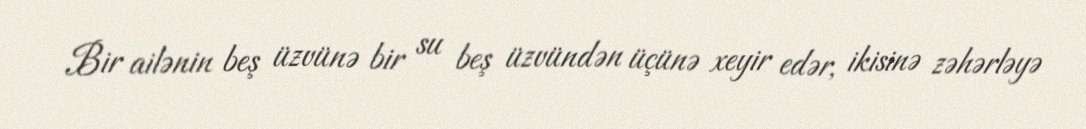
Bir ailənin beş üzvünə bir su beş üzvündən üçünə xeyir edər, ikisinə zəhərləyə